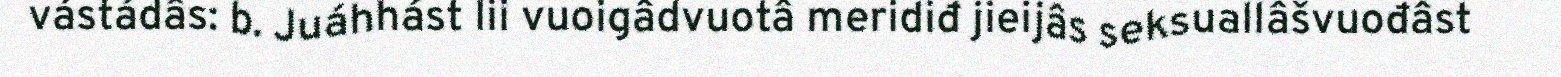
vástádâs: b. Juáhhást lii vuoigâdvuotâ meridiđ jieijâs seksuallâšvuođâst